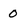
Character: 0